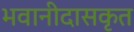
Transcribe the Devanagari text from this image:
भवानीदासकृत